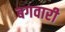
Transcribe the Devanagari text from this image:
बगवारी